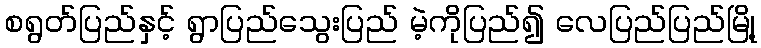
စရွတ်ပြည်နှင့် ရွာပြည်သွေးပြည် မဲ့ကိုပြည်၍ လေပြည်ပြည်မြို့